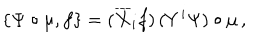
\left\{ \Psi \circ \mu , f \right\} = ( \overline { { X } } _ { i } f ) \, ( Y ^ { i } \Psi ) \circ \mu \, ,